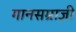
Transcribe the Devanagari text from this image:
गानसम्राज्ञी